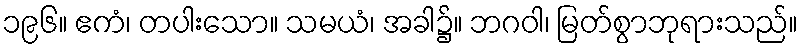
၁၉၆။ ဧကံ၊ တပါးသော။ သမယံ၊ အခါ၌။ ဘဂဝါ၊ မြတ်စွာဘုရားသည်။